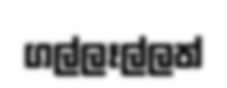
ගල්ලෑල්ලත්